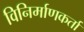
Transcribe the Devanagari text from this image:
विनिर्माणकर्ता